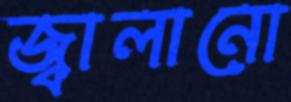
জ্বালানো